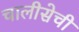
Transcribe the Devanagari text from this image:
चालीसेची